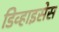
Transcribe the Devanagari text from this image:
डिव्हाइसेस